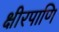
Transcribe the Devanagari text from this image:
क्षीरपाणि